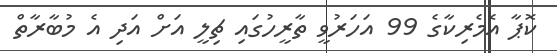
ކޮޕާ އެމެރިކާގެ 99 އަހަރުވީ ތާރީހުގައި ޗިލީ އަށް އަދި އެ މުބާރާތް